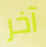
آخر